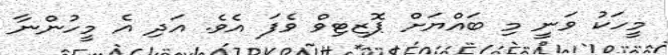
މީހަކު ވަނީ މި ބައްޔަށް ޕޮޒިޓިވް ވެފަ އެވެ. އަދި އެ މީހުންނާ